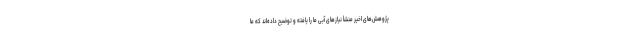
پژوهش‌های اخیر منشأ نیازهای آبی ما را یافته و توضیح داده‌اند که ما